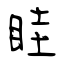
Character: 眭